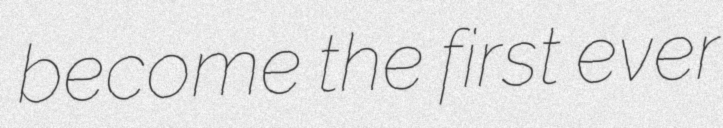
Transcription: become the first ever